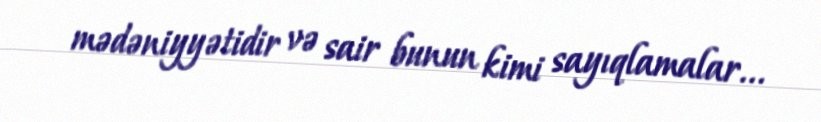
mədəniyyətidir və sair bunun kimi sayıqlamalar...